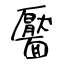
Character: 靨